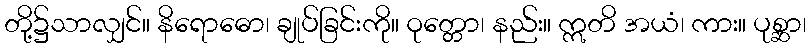
တို့၌သာလျှင်။ နိရောဓော၊ ချုပ်ခြင်းကို။ ဝုတ္တော၊ နည်း။ ဣတိ အယံ၊ ကား။ ပုစ္ဆာ၊